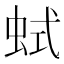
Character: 𧊖